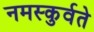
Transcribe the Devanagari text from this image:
नमस्कुर्वते